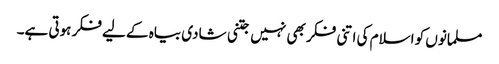
مسلمانوں کو اسلام کی اتنی فکر بھی نہیں جتنی شادی بیاہ کے لیے فکر ہوتی ہے۔